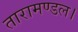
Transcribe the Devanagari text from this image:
तारामण्डल।